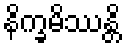
နိက္ခမိဿန္တိ